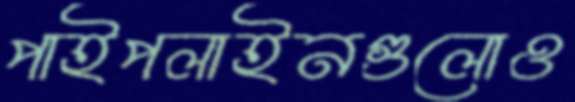
পাইপলাইনগুলোও